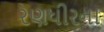
રણધીરના